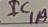
Text: IC1A